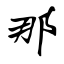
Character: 那